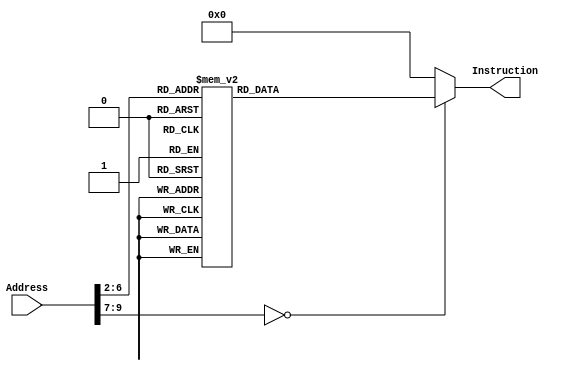
module InstructionMemory(Address, Instruction);
	input [31:0] Address;
	output reg [31:0] Instruction;
	
	always @(*)
		case (Address[9:2])
			// addi $a0, $zero, 5 
			8'd0:	 Instruction <= {6'h08, 5'd0, 5'd4, 16'h0005};
			// xor $v0, $zero, $zero
			8'd1:    Instruction <= {6'h00, 5'd0, 5'd0, 5'd2, 5'd0, 6'h26};
			// jal sum
			8'd2:    Instruction <= {6'h03, 26'd4};
			// Loop:
			// beq $zero, $zero, Loop
			8'd3:	 Instruction <= {6'h04, 5'd0 , 5'd0 , 16'hffff};
			// sum:
			// addi $sp, $sp, -8
			8'd4:	 Instruction <= {6'h08, 5'd29, 5'd29, 16'hfff8};
			// sw $ra, 4($sp)
			8'd5:	 Instruction <= {6'h2b, 5'd29, 5'd31, 16'h0004};
			// sw $a0, 0($sp)
			8'd6:	 Instruction <= {6'h2b, 5'd29, 5'd4, 16'h0000};
			// slti $t0, $a0, 1
			8'd7:	 Instruction <= {6'h0a, 5'd4, 5'd8, 16'h0001};
			// beq $t0, $zero, L1
			8'd8:	 Instruction <= {6'h04, 5'd8, 5'd0, 16'h0002};
			// addi $sp, $sp, 8
			8'd9:	 Instruction <= {6'h08, 5'd29, 5'd29, 16'h0008};
			// jr $ra
			8'd10:	 Instruction <= {6'h00, 5'd31, 15'd0, 6'h08};
			// L1:
			// add $v0, $a0, $v0
			8'd11:	 Instruction <= {6'h00, 5'd4, 5'd2, 5'd2, 5'd0, 6'h20};
			// addi $a0, $a0, -1
			8'd12:   Instruction <= {6'h08, 5'd4, 5'd4, 16'hffff};
			// jal sum
			8'd13:	 Instruction <= {6'h03, 26'd4};
			// lw $a0, 0($sp)
			8'd14:	 Instruction <= {6'h23, 5'd29, 5'd4, 16'h0000};
			// lw $ra, 4($sp)
			8'd15:	 Instruction <= {6'h23, 5'd29, 5'd31, 16'h0004};
			// addi $sp, $sp, 8
			8'd16:	 Instruction <= {6'h08, 5'd29, 5'd29, 16'h0008};
			// add $v0, $a0, $v0
			8'd17:	 Instruction <= {6'h00, 5'd4, 5'd2, 5'd2, 5'd0, 6'h20};
			// jr $ra
			8'd18:	 Instruction <= {6'h00, 5'd31, 15'd0, 6'h08};
			default: Instruction <= 32'h00000000;
		endcase
		
endmodule